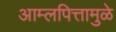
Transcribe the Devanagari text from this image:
आम्लपित्तामुळे